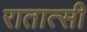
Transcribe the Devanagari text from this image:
रातात्सी